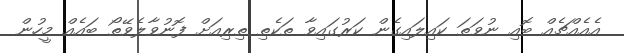
އެއެއްޗެއް ބޮއި ނުވަތަ ކައިލައިގެން ކަރުގައިވާ ތަކެތި ތިރިއަށް ފޮނުވާލެވޭތޯ ބައެއް މީހުން